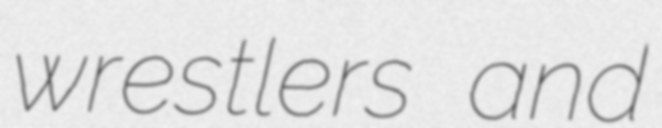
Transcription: wrestlers and